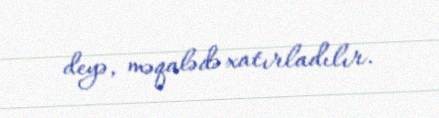
deyə, məqalədə xatırladılır.